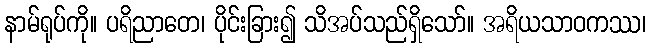
နာမ်ရုပ်ကို။ ပရိညာတေ၊ ပိုင်းခြား၍ သိအပ်သည်ရှိသော်။ အရိယသာဝကဿ၊